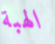
الهبة